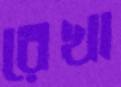
রেখা